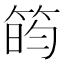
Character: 𬕐